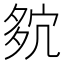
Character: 𡖢